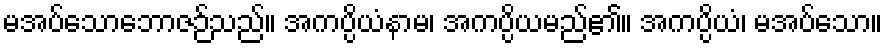
မအပ်သောဘောဇဉ်သည်။ အကပ္ပိယံနာမ၊ အကပ္ပိယမည်၏။ အကပ္ပိယံ၊ မအပ်သော။